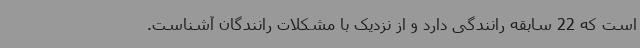
است که 22 سابقه رانندگی دارد و از نزدیک با مشکلات رانندگان آشناست.